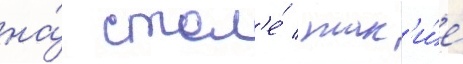
на́ стол'е́ / так'и́е